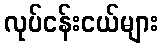
လုပ်ငန်းငယ်များ